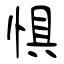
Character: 惧